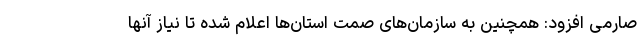
صارمی افزود: همچنین به سازمان‌های صمت استان‌ها اعلام شده تا نیاز آنها